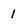
Character: 1